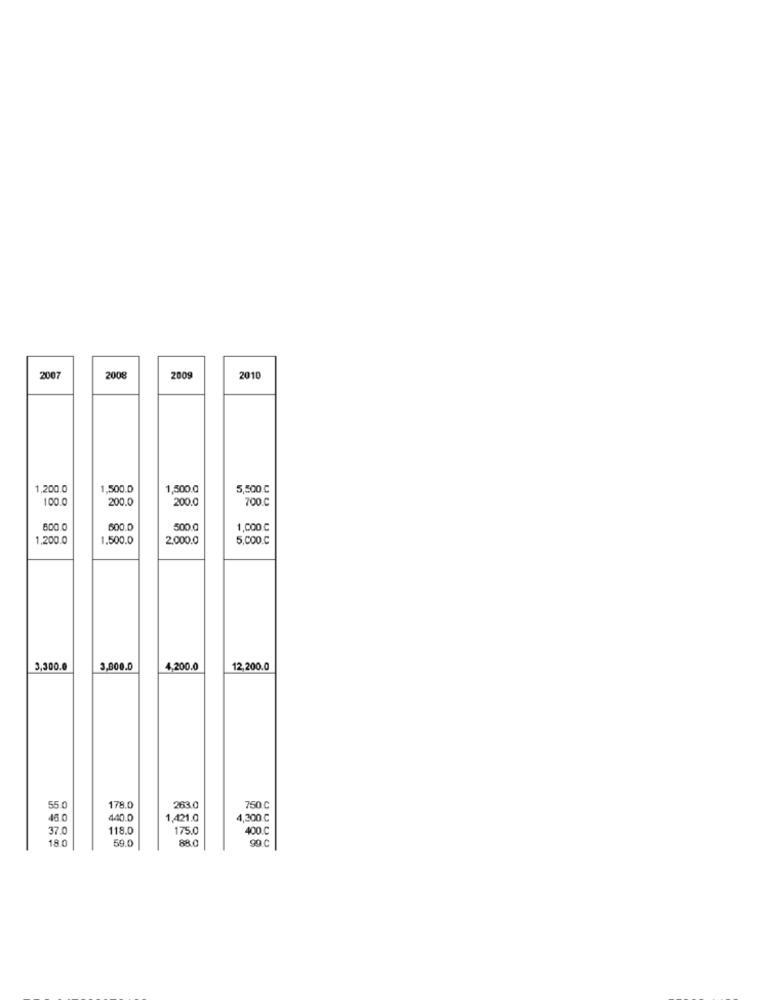
2007
2008
2009
2010
1,200.0
1,500.0
1,500.0
5,500 ℃
100.
200.0
200.0
700
800
600.0
500.0
1,000 ℃
1,200.0
1.500.0
2.000.0
5,000.C
3,300.0
3,800.0
4,200.0
12,200.0
55.0
178.0
263.0
750 C
46.0
4.40.0
1,421.0
4,200 ℃
37.0
118.0
175.0
400.C
18
59.0
88.0
99 C